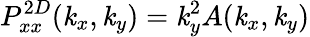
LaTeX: P_{xx}^{2D}(\mathit{k}_{x},\mathit{k}_{y})=\mathit{k}_{y}^{2}A(\mathit{k}_{x},\mathit{k}_{y})